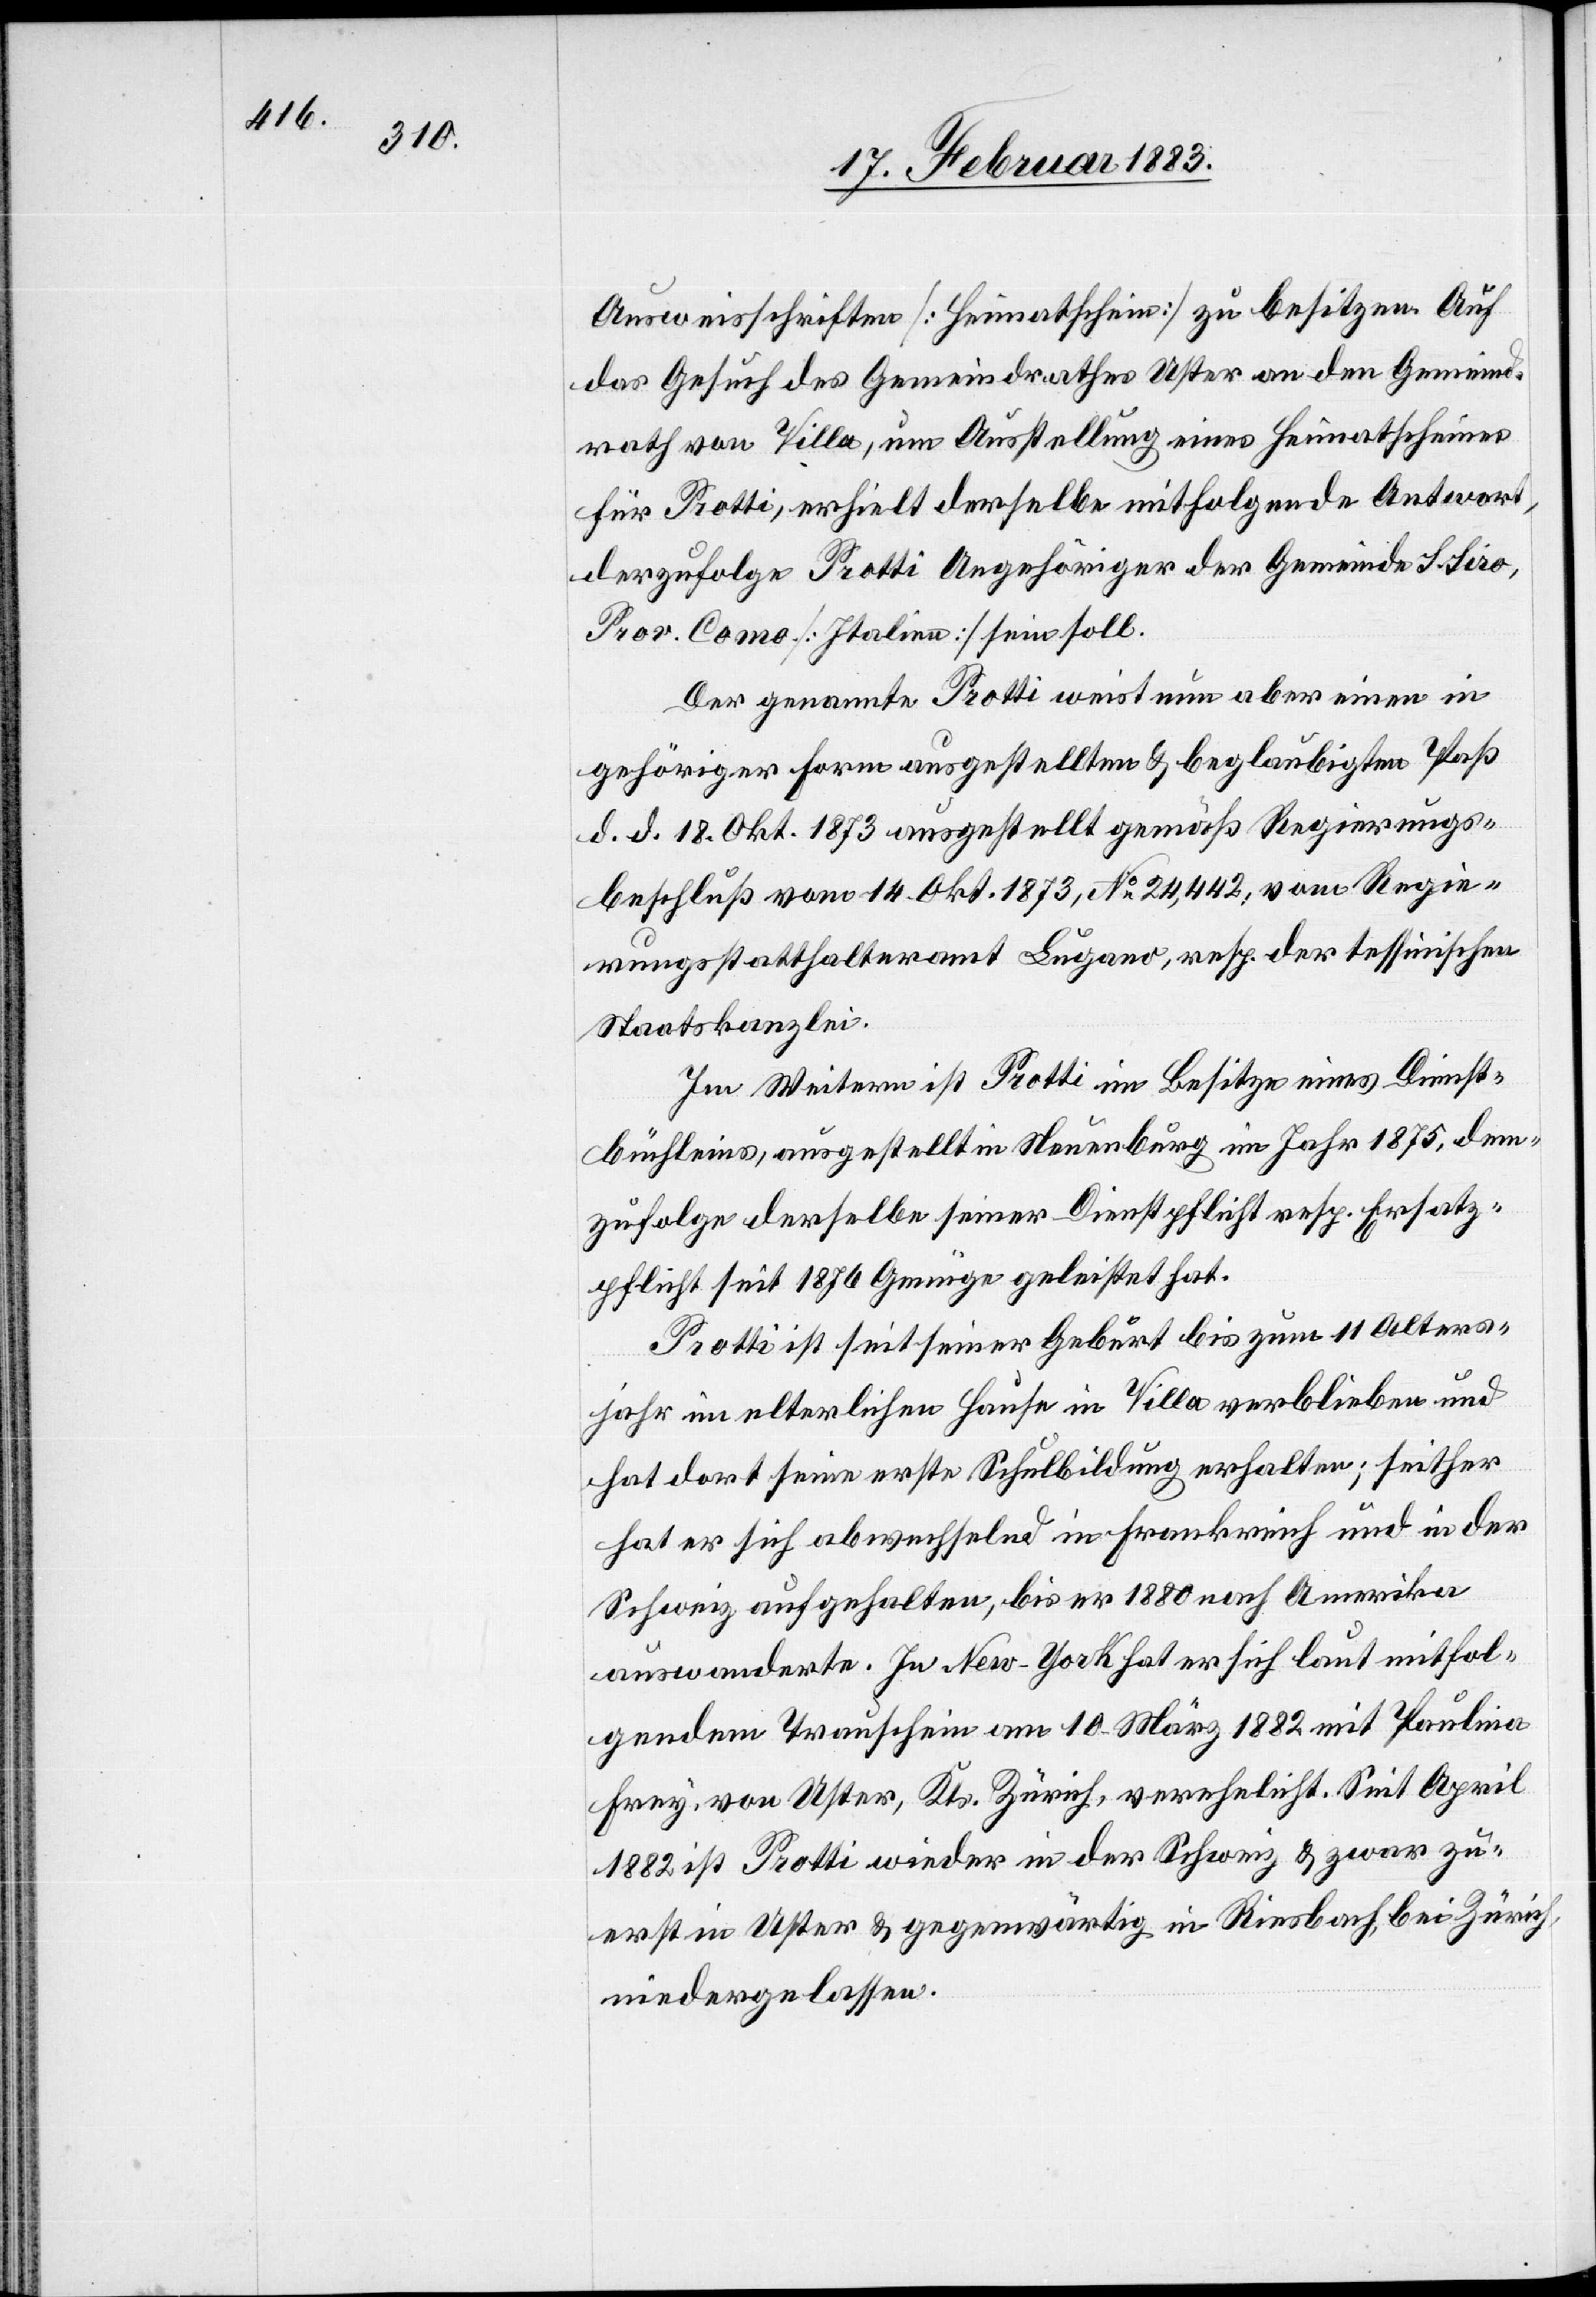
Ausweisschriften [Heimatschein] zu besitzen. Auf
das Gesuch des Gemeindrathes Uster an den Gemeind¬
rath von Villa, um Ausstellung eines Heimatscheines
für Protti, erhielt derselbe mitfolgende Antwort,
derzufolge Protti Angehöriger der Gemeinde S. Siro,
Prov. Como [Italien] sein soll.
Der genannte Protti weist nun aber einen in
gehöriger Form ausgestellten & beglaubigten Paß
d. d. 18. Okt. 1873 ausgestellt gemäß Regierungs¬
beschluß vom 14. Okt. 1873, No 24,442, vom Regie¬
rungsstatthalteramt Lugano, resp. der tessinischen
Staatskanzlei.
Im Weitern ist Protti im Besitze eines Dienst¬
büchleins, ausgestellt in Neuenburg im Jahr 1875, dem¬
zufolge derselbe seiner Dienstpflicht resp. Ersatz¬
pflicht seit 1876 Genüge geleistet hat.
Protti ist seit seiner Geburt bis zum 11 Alters¬
jahr im elterlichen Hause in Villa verblieben und
hat dort seine erste Schulbildung erhalten; seither
hat er sich abwechselnd in Frankreich und in der
Schweiz aufgehalten, bis er 1880 nach Amerika
auswanderte. In New-York hat er sich laut mitfol¬
gendem Trauschein am 10. März 1882 mit Paulina
Frey, von Uster, Kts. Zürich, verehelicht. Seit April
1882 ist Protti wieder in der Schweiz & zwar zu¬
erst in Uster & gegenwärtig in Riesbach, bei Zürich,
niedergelassen.